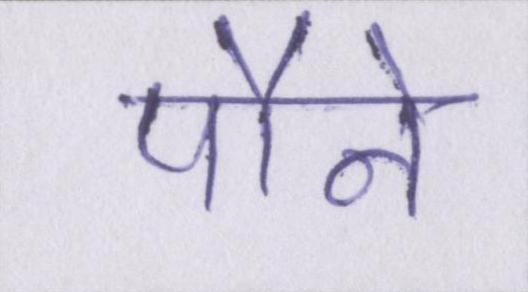
पौने